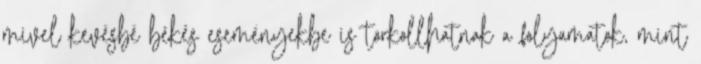
mivel kevésbé békés eseményekbe is torkollhatnak a folyamatok, mint